Source: Handwritten
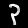
Digit: ၃ (3)